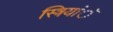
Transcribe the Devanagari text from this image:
स्त्रियांॅ